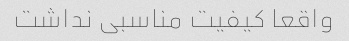
واقعا کیفیت مناسبی نداشت